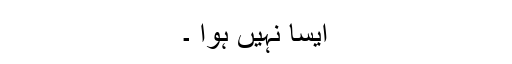
ایسا نہیں ہوا ۔